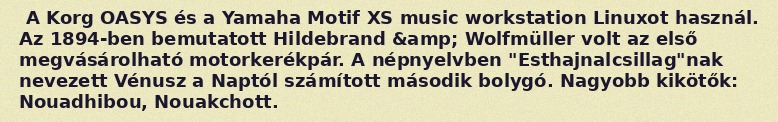
A Korg OASYS és a Yamaha Motif XS music workstation Linuxot használ. Az 1894-ben bemutatott Hildebrand &amp; Wolfmüller volt az első megvásárolható motorkerékpár. A népnyelvben "Esthajnalcsillag"nak nevezett Vénusz a Naptól számított második bolygó. Nagyobb kikötők: Nouadhibou, Nouakchott.